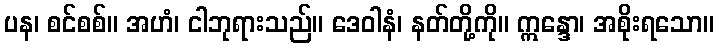
ပန၊ စင်စစ်။ အဟံ၊ ငါဘုရားသည်။ ဒေဝါနံ၊ နတ်တို့ကို။ ဣန္ဒော၊ အစိုးရသော။